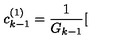
c _ { k - 1 } ^ { ( 1 ) } = \frac { 1 } { G _ { k - 1 } } [